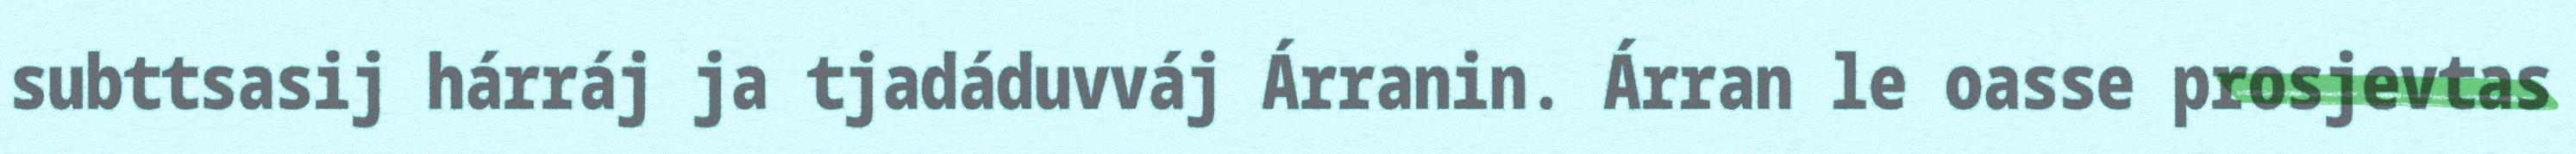
subttsasij hárráj ja tjadáduvváj Árranin. Árran le oasse prosjevtas